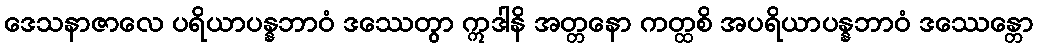
ဒေသနာဇာလေ ပရိယာပန္နဘာဝံ ဒဿေတွာ ဣဒါနိ အတ္တနော ကတ္ထစိ အပရိယာပန္နဘာဝံ ဒဿေန္တော